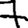
Digit: 7